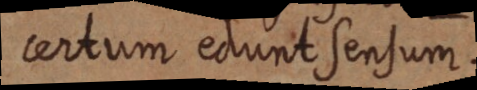
certum edunt sensum.